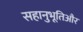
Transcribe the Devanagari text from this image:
सहानुभूतिऔर